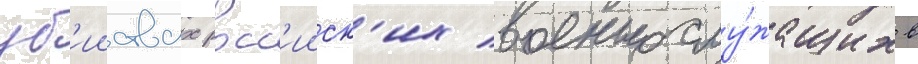
уб'ииствах росс'ииск'их военнослу́жащих в